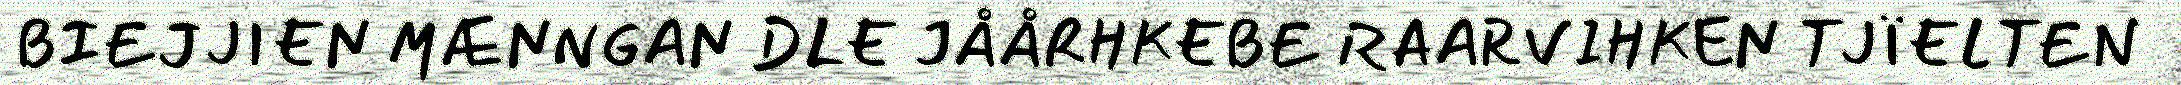
BIEJJIEN MÆNNGAN DLE JÅÅRHKEBE RAARVIHKEN TJÏELTEN